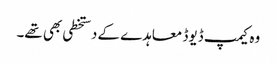
وہ کیمپ ڈیوڈ معاہدے کے دستخطی بھی تھے۔